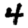
Digit: 4